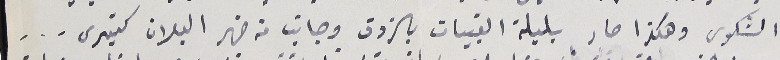
الشكوى وهكذا صار بلبلة القبيات بالزوق وجانب من ضهر البلان كتيري ...